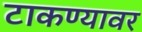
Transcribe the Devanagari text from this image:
टाकण्यावर